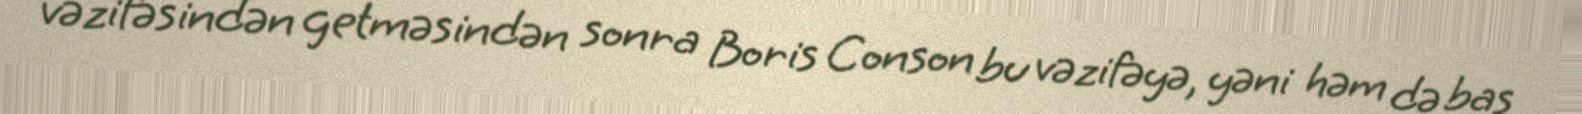
vəzifəsindən getməsindən sonra Boris Conson bu vəzifəyə, yəni həm də baş